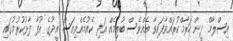
އިސްލާމް ދީން ހަރާމްކުރައްވާފައިވާ އެއްވެސް ބުއިމެއް އަދި ކެއުމެއްވިއަސް އީދުގެ އުފާ ފާޅުކުރުމުގައި